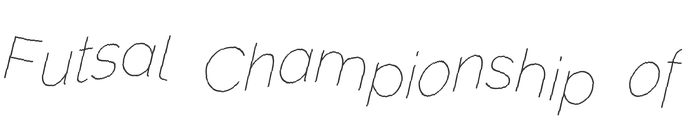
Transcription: Futsal Championship of